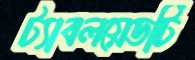
ট্যাবলয়েডটি